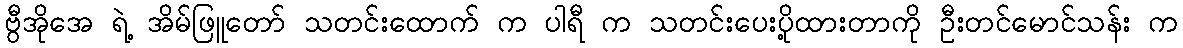
ဗွီအိုအေ ရဲ့ အိမ်ဖြူတော် သတင်းထောက် က ပါရီ က သတင်းပေးပို့ထားတာကို ဦးတင်မောင်သန်း က